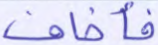
فأخاف